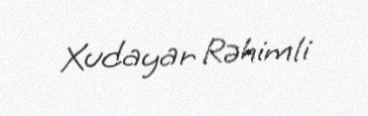
Xudayar Rəhimli